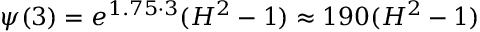
\psi ( 3 ) = e ^ { 1 . 7 5 \cdot 3 } ( H ^ { 2 } - 1 ) \approx 1 9 0 ( H ^ { 2 } - 1 )